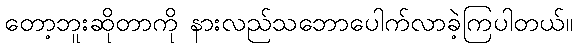
တော့ဘူးဆိုတာကို နားလည်သဘောပေါက်လာခဲ့ကြပါတယ်။